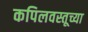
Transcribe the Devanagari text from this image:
कपिलवस्तूच्या